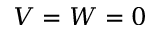
V = W = 0